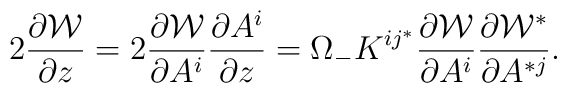
2 {\partial {\cal W} \over \partial z} =2 {\partial {\cal W} \over \partial A^i}{\partial A^i \over \partial z} = \Omega_{-}K^{ i j^*}  {\partial {\cal W} \over \partial A^i}\frac{\partial {\cal W}^*}{ \partial A^{*j}}.